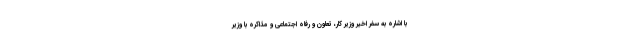
با اشاره به سفر اخیر وزیر کار، تعاون و رفاه اجتماعی و مذاکره با وزیر